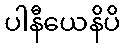
ပါနီယေနိပိ